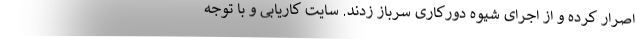
اصرار کرده و از اجرای شیوه دورکاری سرباز زدند. سایت کاریابی و با توجه